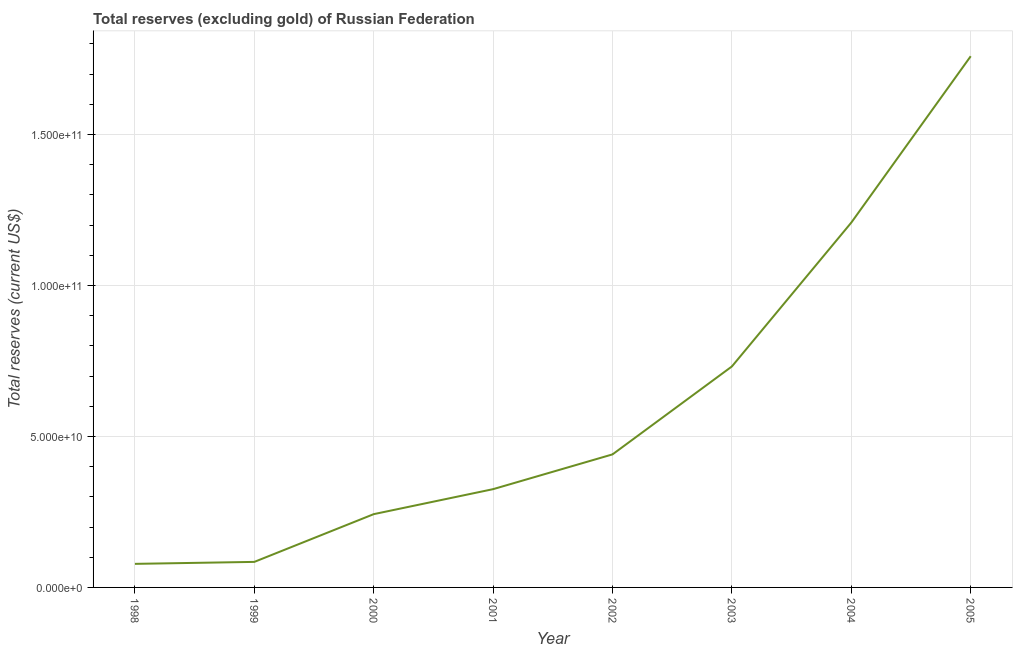
| Year | Total reserves minus gold (current US$) |
 | --- | --- |
 | 1998 | 7.8e+09 |
 | 1999 | 8.46e+09 |
 | 2000 | 2.43e+10 |
 | 2001 | 3.25e+10 |
 | 2002 | 4.41e+10 |
 | 2003 | 7.32e+10 |
 | 2004 | 1.21e+11 |
 | 2005 | 1.76e+11 |